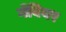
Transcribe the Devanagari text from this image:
गँबियर